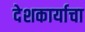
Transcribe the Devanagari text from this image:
देशकार्याचा